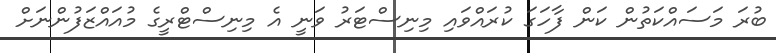
ބުރަ މަސައްކަތުން ކަން ފާހަގަ ކުރައްވައި މިނިސްޓަރު ވަނީ އެ މިނިސްޓްރީގެ މުއައްޒަފުންނަށް